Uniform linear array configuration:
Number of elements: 16
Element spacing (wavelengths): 0.5
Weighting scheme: exponential
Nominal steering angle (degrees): -45
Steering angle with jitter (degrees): -46.315
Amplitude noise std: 0.05
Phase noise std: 0.05

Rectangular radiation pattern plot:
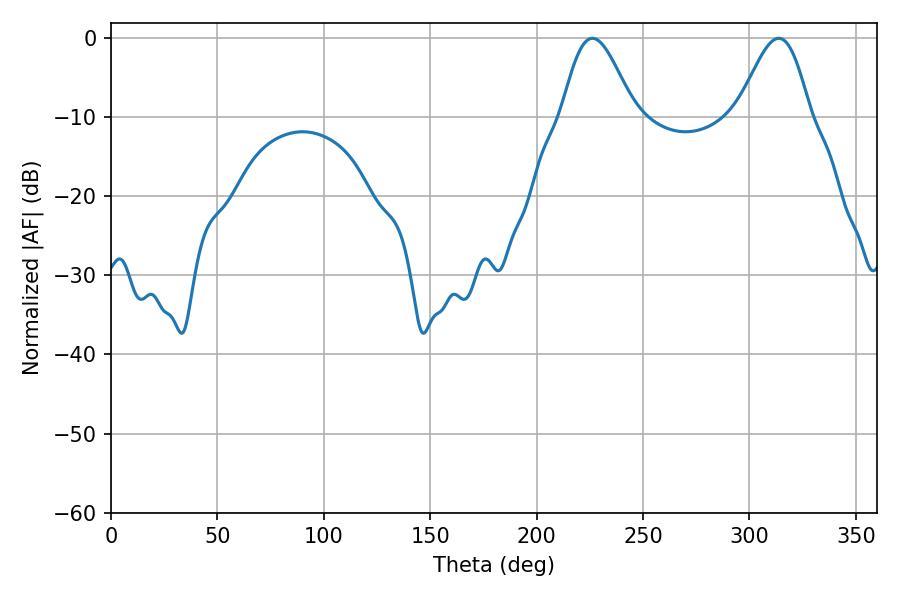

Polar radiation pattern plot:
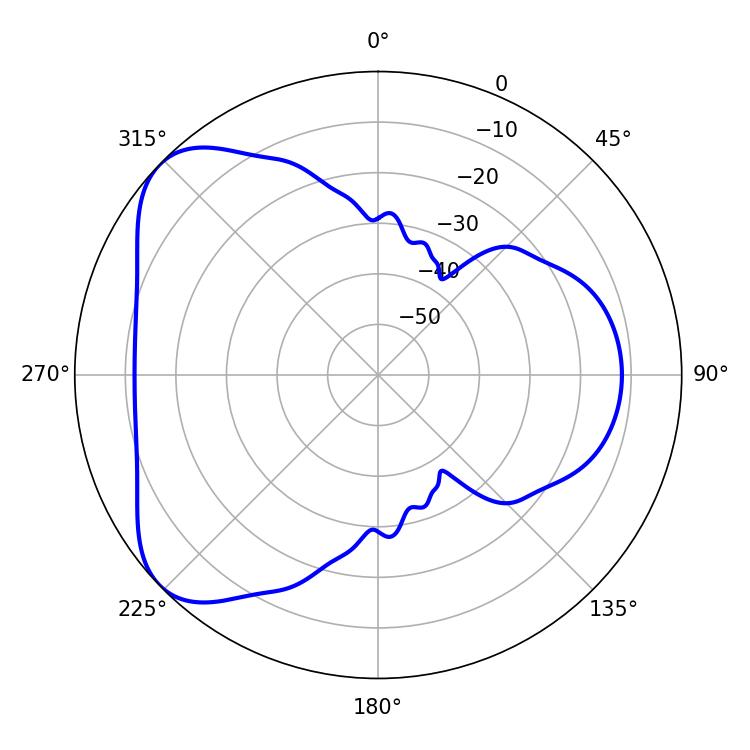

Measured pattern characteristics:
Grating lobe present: FALSE
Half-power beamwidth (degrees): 18
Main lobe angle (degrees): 226.26